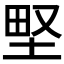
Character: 𡌛